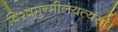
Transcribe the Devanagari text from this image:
विश्वमुन्मीलयत्यसौ।